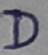
Text: D